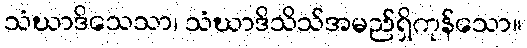
သံဃာဒိသေသာ၊ သံဃာဒိသိသ်အမည်ရှိကုန်သော။